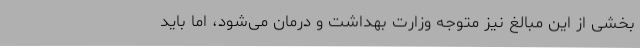
بخشی از این مبالغ نیز متوجه وزارت بهداشت و درمان می‌شود، اما باید